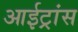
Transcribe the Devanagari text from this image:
आईट्रांस